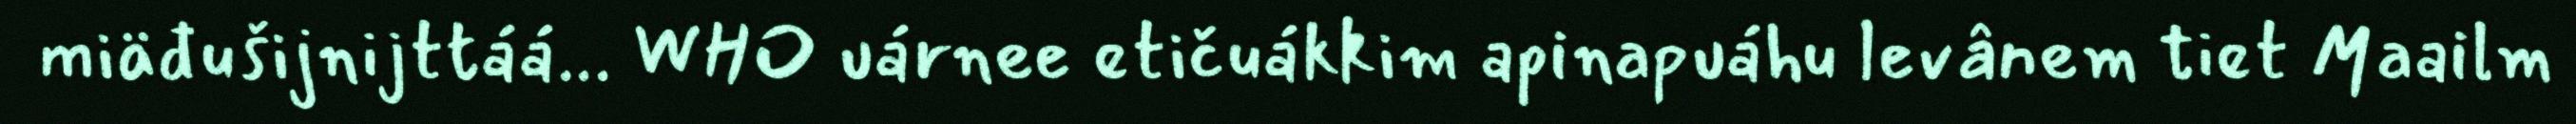
miäđušijnijttáá... WHO uárnee etičuákkim apinapuáhu levânem tiet Maailm